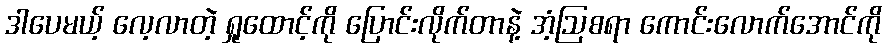
ဒါပေမယ့် လေ့လာတဲ့ ရှုထောင့်ကို ပြောင်းလိုက်တာနဲ့ အံ့ဩစရာ ကောင်းလောက်အောင်ကို